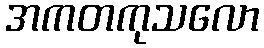
အကတကုသလော